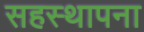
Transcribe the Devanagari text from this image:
सहस्थापना